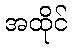
အထိုင်